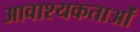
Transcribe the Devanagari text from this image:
आवाश्यकताओं